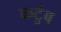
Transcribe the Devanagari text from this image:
कटुंब